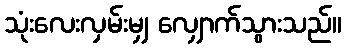
သုံးလေးလှမ်းမျှ လျှောက်သွားသည်။